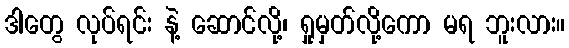
ဒါတွေ လုပ်ရင်း နဲ့ ဆောင်လို့၊ ရှုမှတ်လို့ကော မရ ဘူးလား။